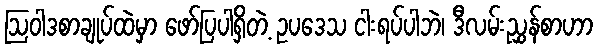
ဩဝါဒစာချုပ်ထဲမှာ ဖော်ပြပါရှိတဲ့ ဥပဒေသ ငါးရပ်ပါဘဲ၊ ဒီလမ်းညွှန်စာဟာ